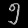
Digit: ၅